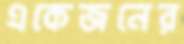
একেজনের